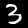
Label: 3